Report on sanitation, dispensaries, and jails in Rajputana for 1919, and on vaccination for the year 1919-1920 - 1919-1920
Year: 1919
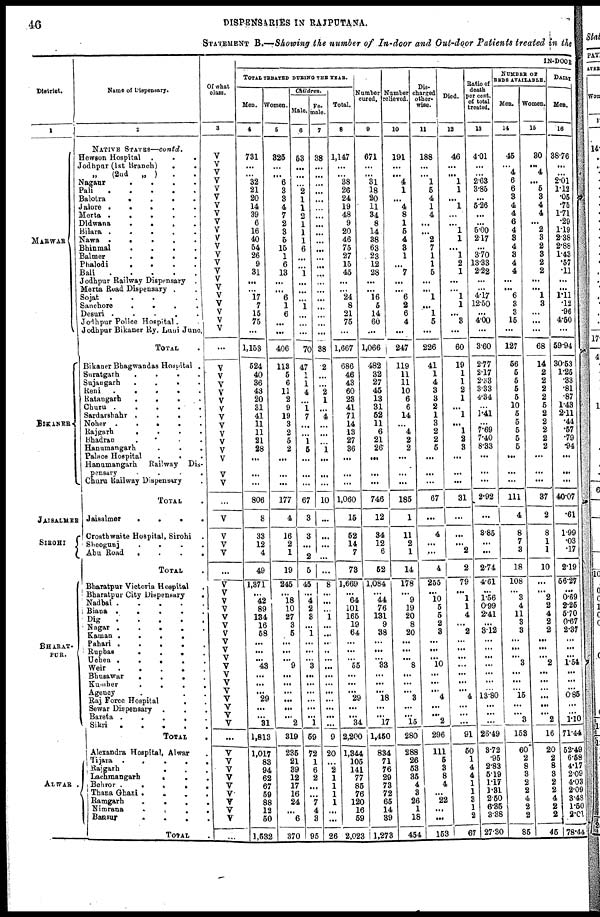
46
DISPENSARIES IN RAJPUTANA.
STATEMENT B.—Showing the number of In-door and Out-door Patients treated in the
District.
1
MARWAR
BIKANER
JAISALMER
SIROHI
BHARAT-
PUR.
ALWAR
.
Name of Dispensary.
2
NATIVE STATES—contd.
Hewson Hospital . . .
Jodhpur (1st Branch)
.
.
(2nd
„ ) . .
Nagaur
.
.
.
.
Pali
.
.
.
.
Balotra
.
.
.
.
Jalore
.
.
.
.
Merta
.
.
.
.
Didwana
.
.
.
.
Bilara
.
.
.
.
Nawa
.
.
.
.
Bhinmal
.
.
.
.
Balmer
.
.
.
.
Phalodi
.
.
.
.
.
Bali
.
.
.
.
.
.
Jodhpur Railway Dispensary .
Merta Road Dispensary . .
Sojat
.
.
.
.
Sanchore . . . .
Desuri
.
.
.
.
.
Jodhpur Police Hospital . . .
Jodhpur Bikaner Ry. Luni Juno.
TOTAL .
Bikaner Bhagwandas Hospital .
Suratgarh
.
.
.
.
.
Sujangarh
.
.
.
.
Reni
.
.
.
.
.
Ratangarh
.
.
.
.
.
Churu
.
.
.
.
Sardarshahr
.
.
.
.
Noher
.
.
.
.
Rajgarh
.
.
.
.
Bhadran . . . . .
Hanumangarh
.
.
.
Palace Hospital . . . .
Hanumangarh
Railway Dis-
pensary
.
.
.
.
Churu Railway Dispensary .
TOTAL .
Jaisalmer
.
.
.
.
Crosthwaite Hospital, Sirohi
Sheogunj
.
.
.
.
.
Abu Road
.
.
.
.
.
TOTAL .
Bharatpur Victoria Hospital
.
Bharatpur City Dispensary
.
Nadbai
.
.
.
.
Biana
.
.
.
.
Dig
.
.
.
.
Nagar
.
.
.
.
Kaman
.
.
.
.
.
Pahari
.
.
.
.
Rupbas
.
.
.
.
.
Uchen
.
.
.
.
.
Weir
.
.
.
.
Bhusawar
.
.
.
.
Kumher
.
.
.
.
Agency . . . .
Raj Force Hospital . . .
Sewar Dispensary . . .
Bareta
.
.
.
.
.
Sikri
.
.
.
.
TOTAL .
Alexandra Hospital, Alwar
Tijara
.
.
.
.
.
Rajgarh . . . . .
Lachmangarh . . . .
Behror
.
.
.
.
Thana Ghazi
.
.
.
.
.
Ramgarh
.
.
.
.
.
Nimrana
.
.
.
.
Bansur
.
.
.
.
TOTAL .
Of what
class.
3
V
V
V
V
V
V
V
V
V
V
V
V
V
V
V
V
V
V
V
V
V
V
...
V
V
V
V
V
V
V
V
V
V
V
V
V
V
...
V
V
V
V
...
V
V
V
V
V
V
V
V
V
V
V
V
V
V
V
V
V
V
...
V
V
V
V
V
V
V
V
V
...
IN-DOOR
TOTAL TREATED DURING THE YEAR.
Men.
4
731
...
...
32
21
20
14
39
6
16
40
54
26
9
31
...
...
17
7
15
75
...
1,153
524
40
36
43
20
31
41
11
11
21
28
...
...
...
806
8
33
12
4
49
1,371
...
42
89
134
16
58
...
...
...
43
...
...
...
29
...
...
31
1,813
1,017
83
94
62
67
59
88
12
50
1,532
Women.
5
325
...
...
6
3
3
4
7
2
3
5
15
1
6
13
...
...
6
1
6
...
...
406
113
5
6
11
2
9
19
3
2
5
2
...
...
...
177
4
16
2
1
19
245
...
18
10
27
3
5
...
...
...
9
...
...
...
...
...
...
2
319
235
21
39
12
17
16
24
...
6
370
Children.
Male.
6
53
...
...
...
2
1
1
2
1
1
1
6
...
...
1
...
...
...
1
...
...
...
70
47
1
1
4
...
1
7
...
...
1
5
...
...
...
67
3
3
...
2
5
45
...
4
2
3
...
1
...
...
...
3
...
...
...
...
...
...
1
59
72
1
6
2
...
...
7
4
3
95
Fe-
male.
7
38
...
...
...
...
...
...
...
...
...
...
...
...
...
...
...
...
...
...
...
...
...
38
2
...
...
2
1
...
4
...
...
...
1
...
...
...
10
...
...
...
...
...
8
...
...
...
1
...
...
...
...
...
...
...
...
...
...
...
...
...
9
20
...
2
1
1
1
1
...
...
26
Total.
8
1,147
...
...
38
26
24
19
48
9
20
46
75
27
15
45
...
...
24
8
21
75
...
1,667
686
46
43
60
23
41
71
14
13
27
36
...
...
...
1,060
15
52
14
7
73
1,669
...
64
101
165
19
64
...
...
...
55
...
...
...
29
...
...
34
2,200
1,344
105
141
77
85
76
120
16
59
2,023
Number
cured.
9
671
...
...
31
18
20
11
34
8
14
38
63
23
12
28
...
...
16
5
14
60
...
1,066
482
32
27
45
13
31
52
11
6
21
26
...
...
...
746
12
34
12
6
52
1,084
...
44
76
131
9
38
...
...
...
33
...
...
...
18
...
...
17
1,450
834
71
76
29
73
72
65
14
39
1,273
Number
relieved.
10
191
...
...
4
1
...
4
8
1
5
4
3
1
...
7
...
...
6
2
6
4
...
247
119
11
11
10
6
6
14
...
4
2
2
...
...
...
185
1
11
2
1
14
178
...
9
19
20
8
20
...
...
...
8
...
...
...
3
...
...
15
280
288
26
53
35
4
3
26
1
18
454
Dis-
charged
other-
wise.
11
188
...
...
1
5
4
1
4
...
...
2
7
1
1
5
...
...
1
...
1
5
...
226
41
1
4
3
3
2
1
3
2
2
5
...
...
...
67
...
4
...
...
4
255
...
10
5
5
...
3
...
...
...
10
...
...
...
4
...
...
2
296
111
5
3
8
4
...
22
...
...
153
Died.
12
46
...
...
1
1
...
1
...
...
1
1
...
1
2
1
...
...
1
1
...
3
...
60
19
1
1
2
1
...
1
...
1
2
3
...
...
...
31
...
...
...
2
2
79
...
1
1
4
...
2
...
...
...
...
...
...
...
4
...
...
...
91
50
1
4
4
1
1
3
1
2
67
Ratio of
death
per cent.
of total
treated.
13
4.01
...
...
2.63
3.85
...
5.26
...
...
5.00
2.17
...
3.70
13.33
2.22
...
...
4.17
12.50
...
4.00
...
3.60
2.77
2.17
2.33
3.33
4.34
...
1.41
...
7.69
7.40
8.33
...
...
...
2.92
...
3.85
...
...
2.74
4.61
...
1.56
0.99
2.41
...
3.12
...
...
...
...
...
...
...
13.80
...
...
...
26.49
3.72
.95
2.83
5.19
1.17
1.31
2.50
6.35
3.38
27.30
NUMBER OF
BEDS AVAILABLE.
Men.
14
45
...
4
6
6
3
4
4
6
4
3
4
3
4
4
...
...
6
3
3
15
...
127
56
5
5
5
5
10
5
5
5
5
5
...
...
...
111
4
8
7
3
18
108
...
3
4
11
3
3
...
...
...
3
...
...
...
15
...
...
3
153
60
2
8
3
2
2
4
2
2
85
Women.
15
30
...
4
...
5
3
4
4
...
2
3
2
3
2
2
...
...
1
3
...
...
...
68
14
2
2
2
2
5
2
2
2
2
2
...
...
...
37
2
8
1
1
10
...
...
2
4
2
2
2
...
...
...
2
...
...
...
...
...
...
2
16
20
2
8
3
2
2
4
2
2
45
DAILY
Men.
16
38.76
...
...
2.01
1.12
.05
.75
1.71
.29
1.19
2.38
2.88
1.43
.57
.11
...
...
1.11
.12
.96
4.50
...
59.94
30.53
1.25
.33
.81
.87
1.43
2.11
.44
.57
.79
.94
...
...
...
40.07
.61
1.99
.03
.17
2.19
56.27
...
0.69
2.25
5.70
0.67
2.37
...
...
...
1.54
...
...
...
0.85
...
...
1.10
71.44
52.49
6.58
4.17
2.09
4.03
2.09
3.48
1.50
2.01
78.44